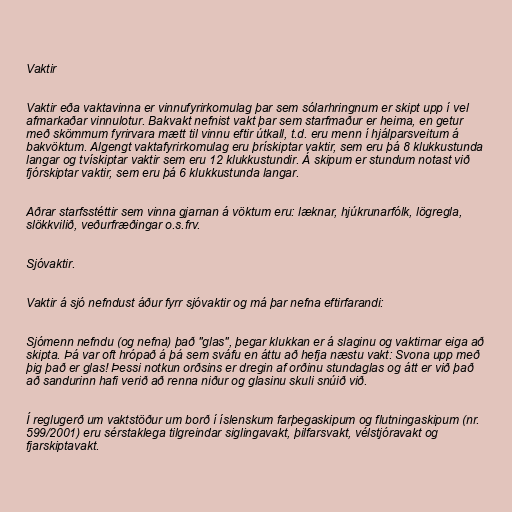
Vaktir

Vaktir eða vaktavinna er vinnufyrirkomulag þar sem sólarhringnum er skipt upp í vel
afmarkaðar vinnulotur. Bakvakt nefnist vakt þar sem starfmaður er heima, en getur
með skömmum fyrirvara mætt til vinnu eftir útkall, t.d. eru menn í hjálparsveitum á
bakvöktum. Algengt vaktafyrirkomulag eru þrískiptar vaktir, sem eru þá 8 klukkustunda
langar og tvískiptar vaktir sem eru 12 klukkustundir. Á skipum er stundum notast við
fjórskiptar vaktir, sem eru þá 6 klukkustunda langar.

Aðrar starfsstéttir sem vinna gjarnan á vöktum eru: læknar, hjúkrunarfólk, lögregla,
slökkvilið, veðurfræðingar o.s.frv.

Sjóvaktir.

Vaktir á sjó nefndust áður fyrr sjóvaktir og má þar nefna eftirfarandi:

Sjómenn nefndu (og nefna) það "glas", þegar klukkan er á slaginu og vaktirnar eiga að
skipta. Þá var oft hrópað á þá sem sváfu en áttu að hefja næstu vakt: Svona upp með
þig það er glas! Þessi notkun orðsins er dregin af orðinu stundaglas og átt er við það
að sandurinn hafi verið að renna niður og glasinu skuli snúið við.

Í reglugerð um vaktstöður um borð í íslenskum farþegaskipum og flutningaskipum (nr.
599/2001) eru sérstaklega tilgreindar siglingavakt, þilfarsvakt, vélstjóravakt og
fjarskiptavakt.